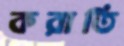
করাতি